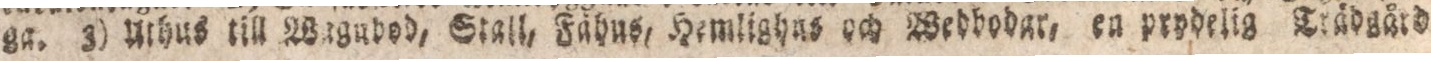
ga. 3) Uthus till Wagubod, Stall, Fähus, Hemlighus och Wedhodgr, eu prydelig Trädgård